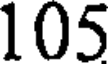
105